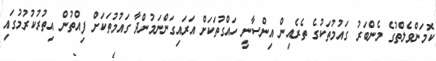
ކޮމަންވެލްތުގެ މެންބަރު ގައުމުތަކުގެ ތެރެއިން އިންސާނީ ހައްގުތަކަށް އަރައިގަންނަމުންދާ ގައުމުތަކަށް ފިއްތުން އިތުރުކުރުމުގައި